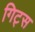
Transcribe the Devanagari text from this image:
गिट्स